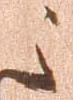
之